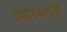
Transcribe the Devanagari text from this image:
डीडीडब्ल्यूजी